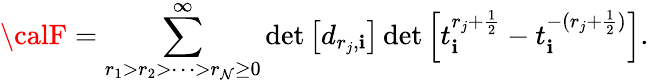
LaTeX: {\calF}=\sum_{r_{1}>r_{2}>\cdots>r_{\mathcal{N}}\geq0}^{\infty}\operatorname*{det}\left[d_{r_{j},\mathbf{i}}\right]\operatorname*{det}\left[t_{\mathbf{i}}^{r_{j}+\frac{{1}}{{2}}}-t_{\mathbf{i}}^{-(r_{j}+\frac{{1}}{{2}})}\right].